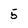
Character: 5